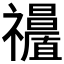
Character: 𥜩